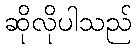
ဆိုလိုပါသည်